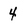
Character: 4